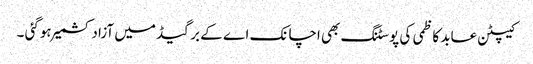
کیپٹن عابد کاظمی کی پوسٹنگ بھی اچانک اے کے برگیڈ میں آزاد کشمیر ہوگئی ۔